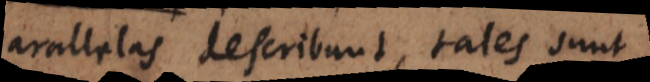
parallelas describunt, tales sunt